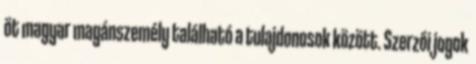
öt magyar magánszemély található a tulajdonosok között. Szerzői jogok